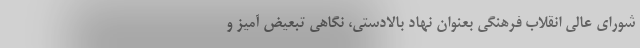
شورای عالی انقلاب فرهنگی بعنوان نهاد بالادستی، نگاهی تبعیض آمیز و